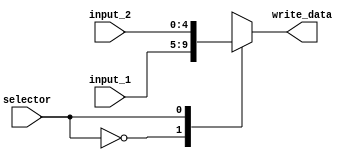
module mux5bit(input wire[4:0] input_1,input wire[4:0] input_2,input wire selector,output reg[4:0] write_data);
always @(selector)
begin
case(selector)
0: write_data<=input_1;
1: write_data<=input_2;
endcase
end
endmodule
module mux32bit(input wire[31:0] input_1,input wire[31:0] input_2,input wire selector,output reg[31:0] write_data);
always @(selector)
begin
case(selector)
0: write_data<=input_1;
1: write_data<=input_2;
endcase
end
endmodule

module RegisterFile(Clk, WriteEnb, ReadReg1, ReadReg2, WriteReg, ReadData1, ReadData2, WriteData);

// ??? ??? ??? ???????? ???? ???
	input [4:0] ReadReg1;
	input [4:0]ReadReg2,WriteReg;
	input [31:0] WriteData;
	input wire WriteEnb ;		//Note write enable may be 2bits to support various operations later
	input wire Clk;
	output wire [31:0] ReadData1;
	output wire[31:0]ReadData2;
	reg [31:0] Registers [0:31];
initial begin
		//$monitor("Reg0=%d Reg1=%d",Registers[0],Registers[1]);
		Registers[0]  <= 0;
		Registers[1]  <= 1;
		Registers[2]  <= 32'h00000000;
		Registers[3]  <= 32'h00000000;
		Registers[4]  <= 32'h00000000;
		Registers[5]  <= 32'h00000000;
		Registers[6]  <= 32'h00000000;
		Registers[7]  <= 32'h00000000;
		Registers[8]  <= 5;
		Registers[9]  <= 32'h00000000;
		Registers[10] <= 32'h00000000;
		Registers[11] <= 32'h00000000;
		Registers[12] <= 32'h00000000;
		Registers[13] <= 32'h00000000;
		Registers[14] <= 32'h00000000;
		Registers[15] <= 32'h00000000;
		Registers[16] <= 32'h00000000;
		Registers[17] <= 17;
		Registers[18] <= 18;
		Registers[19] <= 32'h00000000;
		Registers[20] <= 32'h00000000;
		Registers[21] <= 32'h00000000;
		Registers[22] <= 32'h00000000;
		Registers[23] <= 32'h00000000;
		Registers[24] <= 32'h00000000;
		Registers[25] <= 32'h00000000;
		Registers[26] <= 32'h00000000;
		Registers[27] <= 32'h00000000;
		Registers[28] <= 32'h00000000;
		Registers[29] <= 32'h00000000;
		Registers[30] <= 32'h00000000;
		Registers[31] <= 32'h00000000;
end


/*always @(ReadReg1 or ReadReg2)
begin
ReadData1 <= Registers[ReadReg1];
ReadData2 <= Registers[ReadReg2];
end

	always@(posedge Clk)
		begin
		if(WriteEnb && WriteReg!=0) //we dont need to write in $zero reg ,NOTE:dont forget to initialize it in testbench
		Registers[WriteReg]<=WriteData;
		end*/

assign ReadData1=Registers[ReadReg1];
 
assign ReadData2=Registers[ReadReg2];
 

 
always @(posedge Clk)
begin
if(WriteEnb)
begin
Registers[WriteReg]<=WriteData;
end
end

	
endmodule

 module ControlUnit(Fn,Opcode,ControlLines); 
input wire [5:0] Fn;
input wire [5:0] Opcode;
output reg [11:0]ControlLines;
//wire RegDst    =ControlLines[0];
//wire Jump      =ControlLines[1];
//wire Branch    =ControlLines[2];
//wire MemRead   =ControlLines[3];
//wire MemtoReg  =ControlLines[4];
//wire [3:0]ALUOp={ControlLines[8],ControlLines[7],ControlLines[6],ControlLines[5]};
//wire MemWrite  =ControlLines[9];
//wire ALUSrc    =ControlLines[10];
//wire RegWrite  =ControlLines[11];  ////Note write enable may be 2bits to support various operations later
	
always@(Opcode)
	begin
		case(Opcode)	//R-FORMAT
						0: 
						if(Fn==32) begin ControlLines<=12'b100_0000_00001; end//ADD
						else if(Fn==36) begin ControlLines<=12'b100_0010_00001; end//AND
						else if(Fn==34) begin ControlLines<=12'b100_0001_00001;	end//SUB
						else if(Fn==37) begin ControlLines<=12'b100_0011_00001;	end//OR
						else if(Fn==0)  begin ControlLines<=12'b100_0100_00001;	end//SLL
						else if(Fn==42) begin ControlLines<=12'b100_1000_00001;	end//SLT
						else if(Fn==2)  begin ControlLines<=12'b100_0101_00001;	end//SRL
						else if(Fn==3)  begin ControlLines<=12'b100_0110_00001;	end//SRA
						else if(Fn==55) begin  end// take in consedration SGT instruct. 
					
			4:  ControlLines<=12'b000_0001_00100; //BEQ
			5:  ControlLines<=12'b000_0001_00000; //BNE      ------NEED to be implemented
			35: ControlLines<=12'b110_0000_11000; //LW
			43: ControlLines<=12'b011_0000_00000; //SW
		endcase
end
endmodule

 
module Decode(Clk,Instruction,ControlLines,MemtoReg_Data,ReadData1,ReadData2,shamt,ImmediateField);
input wire Clk;
input wire [31:0]Instruction;
input wire [31:0]MemtoReg_Data;
output wire [11:0]ControlLines;
output wire [31:0]ReadData1;
output wire [31:0]ReadData2;
output wire [4:0]shamt;
output wire [31:0]ImmediateField;
wire [4:0]WriteReg;

ControlUnit CU(Instruction[5:0],Instruction[31:26],ControlLines);
mux5bit RegDst(Instruction[20:16],Instruction[15:11],ControlLines[0],WriteReg);
RegisterFile RegFile(Clk,ControlLines[11],Instruction[25:21],Instruction[20:16],WriteReg,ReadData1,ReadData2,MemtoReg_Data);
assign shamt=Instruction[10:6];
assign ImmediateField={ {16{Instruction[15]}}, Instruction[15:0] };
endmodule